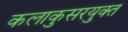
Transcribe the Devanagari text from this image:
कलाकुसरयुक्त